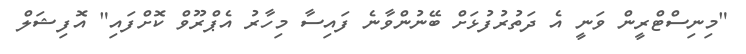
"މިނިސްޓްރީން ވަނީ އެ ދަތުރުފުޅަށް ބޭނުންވާނެ ފައިސާ މިހާރު އެޕްރޫވް ކޮށްފައި" އޮފިޝަލް